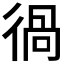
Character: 𰐵